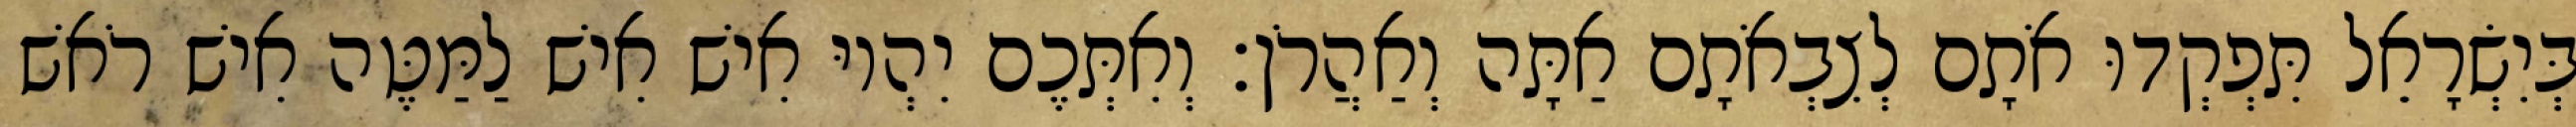
בְּיִשְׂרָאֵל תִּפְקְדוּ אֹתָם לְצִבְאֹתָם אַתָּה וְאַהֲרֹן׃ וְאִתְּכֶם יִהְיוּ אִישׁ אִישׁ לַמַּטֶּה אִישׁ רֹאשׁ